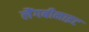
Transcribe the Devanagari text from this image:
लैंगबीनाइट